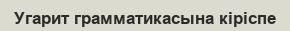
Угарит грамматикасына кіріспе